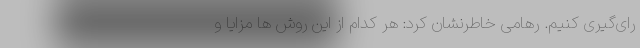
رای‌گیری کنیم. رهامی خاطرنشان کرد: هر کدام از این روش ها مزایا و